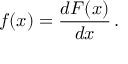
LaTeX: f ( x ) = { \frac { d F ( x ) } { d x } } \, .